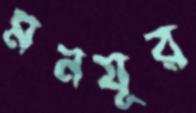
মনযূর